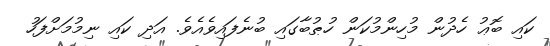
ކައި ބޮޢު ހެދުން މުހިންމުކަން ހުޠުބާގައި ބުނެފައިވެއެވެ. އަދި ކައި ނިމުމަށްފަހު